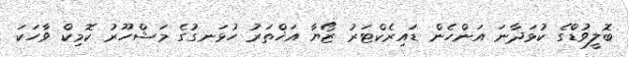
ބޮލީވުޑްގެ ކުޅަދާނަ އަންހެން ޑައިރެކްޓަރު ޒޯޔާ އަޚްތަރު ހުޅަނގުގެ މަޝްހޫރު ކޮމިކް ވާހަކަ